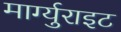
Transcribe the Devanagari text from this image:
मार्ग्युराइट